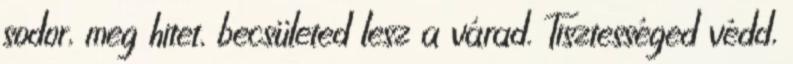
sodor, meg hitet, becsületed lesz a várad. Tisztességed védd,